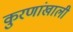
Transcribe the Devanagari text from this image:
कुरणांखाली